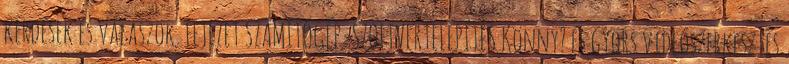
kérdések és válaszok. FEJEZET SZÁMÍTÓGÉP-SZOFTVERTELEPÍTÉS Könny? és gyors videószerkesztés